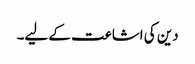
دین کی اشاعت کے لیے۔